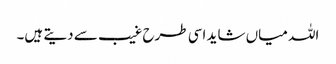
اللہ میاں شاید اسی طرح غیب سے دیتے ہیں۔